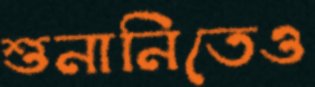
শুনানিতেও